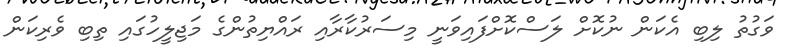
ވަގުތު ލިބި އެކަން ނުކޮށް ލަސްކޮށްފައިވަނީ މިސަރުކާރާއި ރައްޔިތުންގެ މަޖިލީހުގައި ތިބި ވެރިކަން